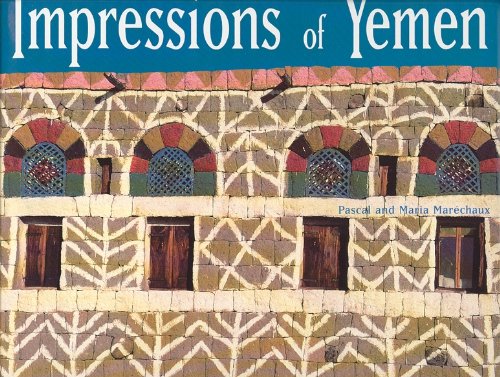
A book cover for Impressions of Yemen; MARECHAUX Pascal and Maria; Travel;